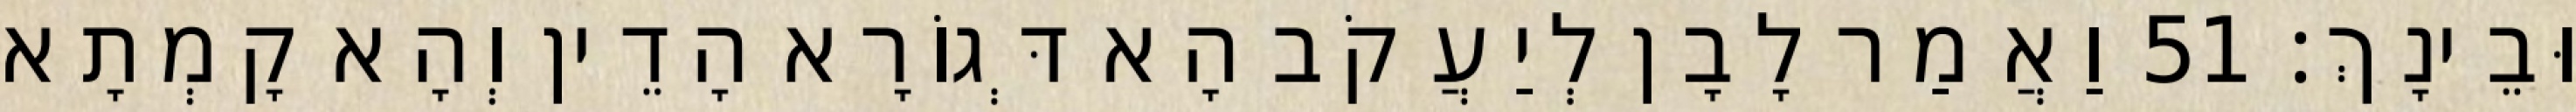
וּבֵינָךְ׃ 51 וַאֲמַר לָבָן לְיַעֲקֹב הָא דְּגוֹרָא הָדֵין וְהָא קָמְתָא